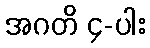
အဂတိ ၄-ပါး